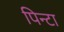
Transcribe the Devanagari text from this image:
पिन्टा